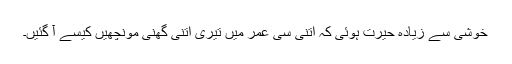
خوشی سے زیادہ حیرت ہوئی کہ اتنی سی عمر میں تیری اتنی گھنی مونچھیں کیسے آ گئیں۔